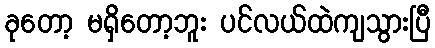
ခုတော့ မရှိတော့ဘူး ပင်လယ်ထဲကျသွားပြီ